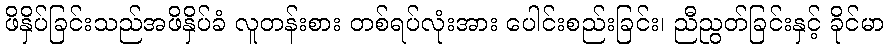
ဖိနှိပ်ခြင်းသည်အဖိနှိပ်ခံ လူတန်းစား တစ်ရပ်လုံးအား ပေါင်းစည်းခြင်း၊ ညီညွတ်ခြင်းနှင့် ခိုင်မာ